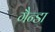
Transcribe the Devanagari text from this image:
गैन्डा